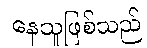
နေသူဖြစ်သည်